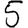
Digit: 5